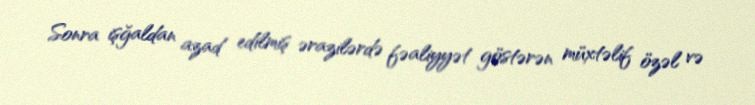
Sonra işğaldan azad edilmiş ərazilərdə fəaliyyət göstərən müxtəlif özəl və